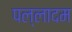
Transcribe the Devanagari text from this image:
पल्लादम